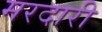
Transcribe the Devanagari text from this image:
मरदारी